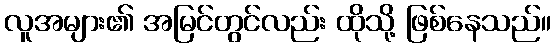
လူအများ၏ အမြင်တွင်လည်း ထိုသို့ ဖြစ်နေသည်။